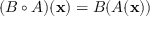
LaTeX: ( B \circ A ) ( \mathbf { x } ) = B ( A ( \mathbf { x } ) )